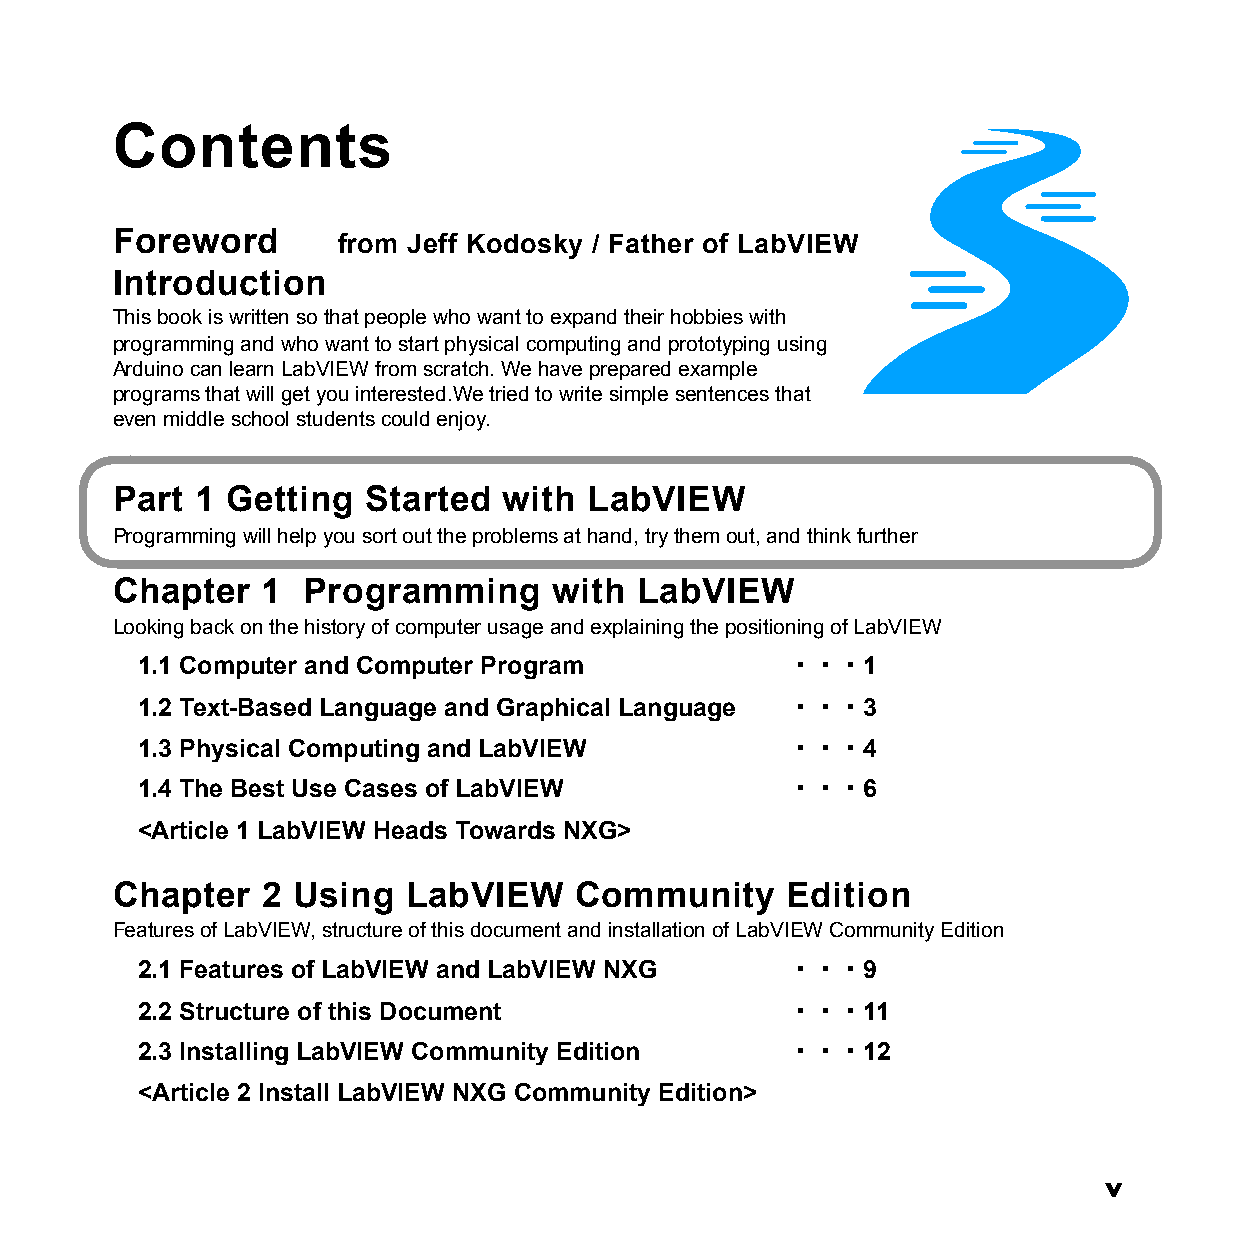
Contents
 Foreword
 from Jeff Kodosky / Father of LabVIEW
 Introduction
 This book is written so that people who want to expand their hobbies with
 programming and who want to start physical computing and prototyping using
 Arduino can learn LabVIEW from scratch. We have prepared example
 programs that will get you interested.We tried to write simple sentences that
 even middle school students could enjoy.
 Part  1 Getting  Started  with  LabVIEW
 Programming will help you sort out the problems at hand, try them out, and think further
 Chapter   1  Programming      with LabVIEW
 Looking back on the history of computer usage and explaining the positioning of LabVIEW
 1.1 Computer and Computer Program          ・・・1
 1.2 Text-Based Language and Graphical Language ・・・3
 1.3 Physical Computing and LabVIEW         ・・・4
 1.4 The Best Use Cases of LabVIEW          ・・・6
 <Article 1 LabVIEW Heads Towards NXG>
 Chapter   2 Using   LabVIEW    Community     Edition
 Features of LabVIEW, structure of this document and installation of LabVIEW Community Edition
 2.1 Features of LabVIEW and LabVIEW NXG    ・・・9
 2.2 Structure of this Document             ・・・11
 2.3 Installing LabVIEW Community Edition   ・・・12
 <Article 2 Install LabVIEW NXG Community Edition>
 v